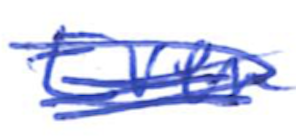
Text: Even
Cross-out: scratch
Writing tool: ballpoint